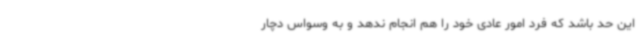
این حد باشد که فرد امور عادی خود را هم انجام ندهد و به وسواس دچار